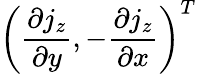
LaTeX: \left(\frac{\partial j_{z}}{\partial y},-\frac{\partial j_{z}}{\partial x}\right)^{T}